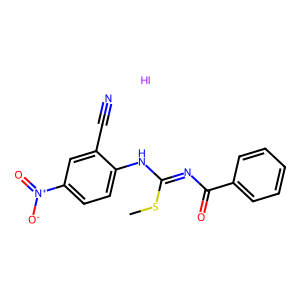
SMILES: CSC(=NC(=O)c1ccccc1)Nc1ccc([N+](=O)[O-])cc1C#N.I
Inhibits HIV replication: No